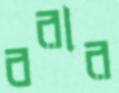
বরার